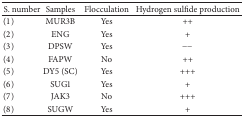
| S. number | Samples | Flocculation | Hydrogen sulfide production |
 | --- | --- | --- | --- |
 | (1) | MUR3B | Yes | ++ |
 | (2) | ENG | Yes | + |
 | (3) | DPSW | Yes | −− |
 | (4) | FAPW | No | ++ |
 | (5) | DY5 (SC) | Yes | +++ |
 | (6) | SUG1 | Yes | + |
 | (7) | JAK3 | No | +++ |
 | (8) | SUGW | Yes | + |